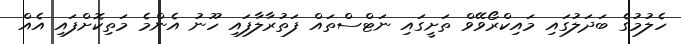
ހެލުމުގެ ބަދަލުގައި މައިކްރޯވޭވް ތަށީގައި ނަޓްސްތައް ފަތުރާލާފައި ހޫނު އެންމެ މަތިކޮށްފައި އެއް